Civil Veterinary Department Bihar & Orissa reports 1929-36 - 1929-1936
Year: 1929
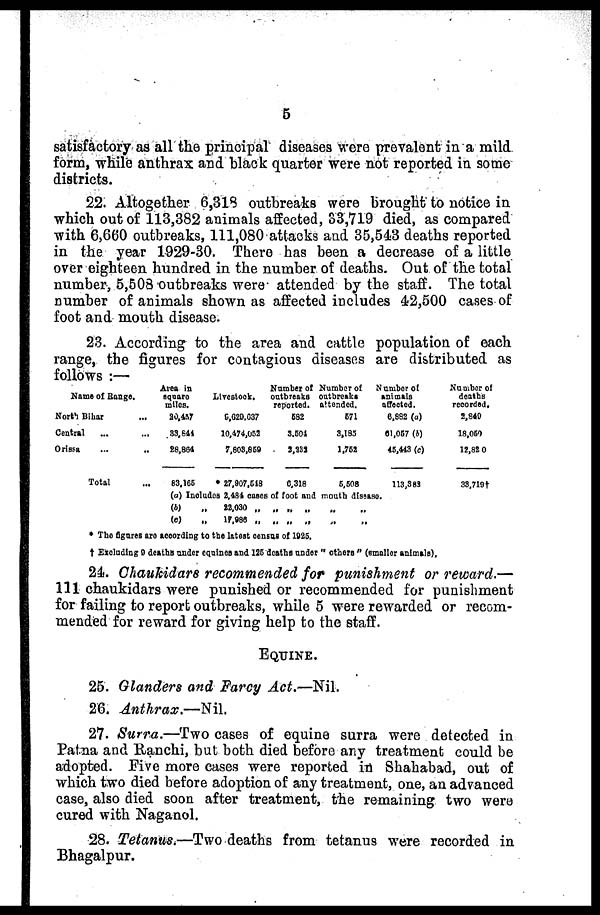
5
satisfactory as all the principal diseases were prevalent in a mild
form, while anthrax and black quarter were not reported in some
districts.
22. Altogether 6,318 outbreaks were brought to notice in
which out of 113,382 animals affected, 33,719 died, as compared
with 6,660 outbreaks, 111,080 attacks and 35,543 deaths reported
in the year 1929-30. There has been a decrease of a little
over eighteen hundred in the number of deaths. Out of the total
number, 5,508 outbreaks were attended by the staff. The total
number of animals shown as affected includes 42,500 cases of
foot and mouth disease.
23. According to the area and cattle population of each
range, the figures for contagious diseases are distributed as
follows :—
Name- of Range.
North Bihar ...
Central ... ...
Orissa ... ...
Area in
aquaro
miles.
20,457
33,641
28,864
Livestock.
9,629,537
10,474,652
7,803,859
Number of
outbreaks
reported.
692
3,501
2,232
Number of
outbreaks
attended.
571
3,183
1,752
Number of
animals
affected.
6,832 (a)
61,057 (b)
45,443 (c)
Number of
deaths
recorded.
2,849
18,059
12,82 0
Total
... 83,165
27,907,518
8,318
5,508
(a) Includcs 2,484 cases of foot and mouth disease
(b)
„
22,030 „
„ „
„
(C)
„
19,986 „
„ „
„
113,383
33,7191†
* The figures aro acoording to the latest census of 1925.
† Excluding 9 deaths under equines and 125 deaths under " others " (Smallor animals),
24. Chaukidars recommended for punishment or reward.—
111 chaukidars were punished or recommended for punishment
for failing to report outbreaks, while 5 were rewarded or recom-
mended for reward for giving help to the staff.
EQUINE.
25. Glanders and Farcy Act.—Nil.
26.
Anthrax.—Nil.
27. Surra.—Two cases of equine surra were detected in
Patna and Kanchi, but both died before any treatment could be
adopted. Five more cases were reported in Shahabad, out of
which two died before adoption of any treatment, one, an advanced
case, also died soon after treatment, the remaining two were
cured with Naganol.
28. Tetanus.—Two deaths from tetanus were recorded in
Bhagalpur.